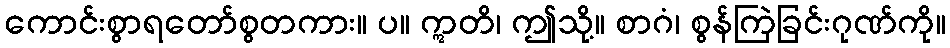
ကောင်းစွာရတော်စွတကား။ ပ။ ဣတိ၊ ဤသို့။ စာဂံ၊ စွန်ကြဲခြင်းဂုဏ်ကို။